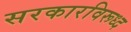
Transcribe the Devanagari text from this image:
सरकारविरूध्द